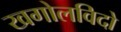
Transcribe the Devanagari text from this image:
खगोलविदो